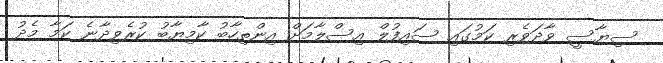
ސިޔާސީ ވާދަވެރި ކަމުގައި ސައިފުލް އިސްލާމަށް އިންތިހާބު ކާމިޔާބު ކުރެވިދާނެ ކަމާ މެދު